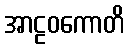
အာဠဝကောတိ